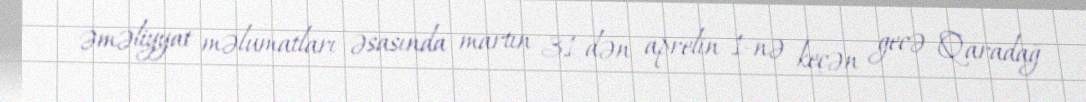
əməliyyat məlumatları əsasında martın 31-dən aprelin 1-nə keçən gecə Qaradağ